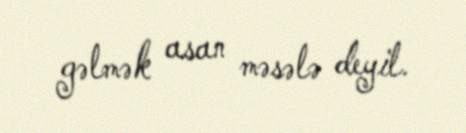
gəlmək asan məsələ deyil.